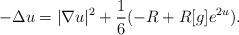
LaTeX: \begin{align*}-\Delta u = |\nabla u|^2 + \frac 16 (-R + R[g] e^{2u}) .\end{align*}